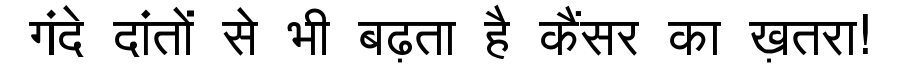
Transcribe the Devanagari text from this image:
गंदे दांतों से भी बढ़ता है कैंसर का ख़तरा!